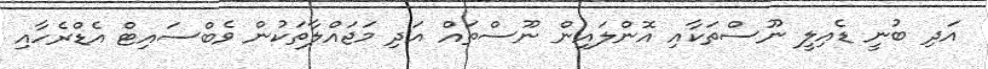
އަދި ބުނީ ޑެއިލީ ނޫސްތަކާއި އޮންލައިން ނޫސްތައް އަދި މަޖައްލާތަކުން ވެބްސައިޓް އެޑްރެހާއި